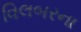
વિલબરના